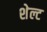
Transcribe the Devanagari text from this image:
शेल्ट